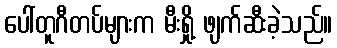
ပေါ်တူဂီတပ်များက မီးရှို့ ဖျက်ဆီးခဲ့သည်။